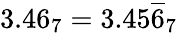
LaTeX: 3.46_{7}=3.45{\overline{{6}}}_{7}